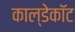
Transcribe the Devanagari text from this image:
काल्डेकॉट